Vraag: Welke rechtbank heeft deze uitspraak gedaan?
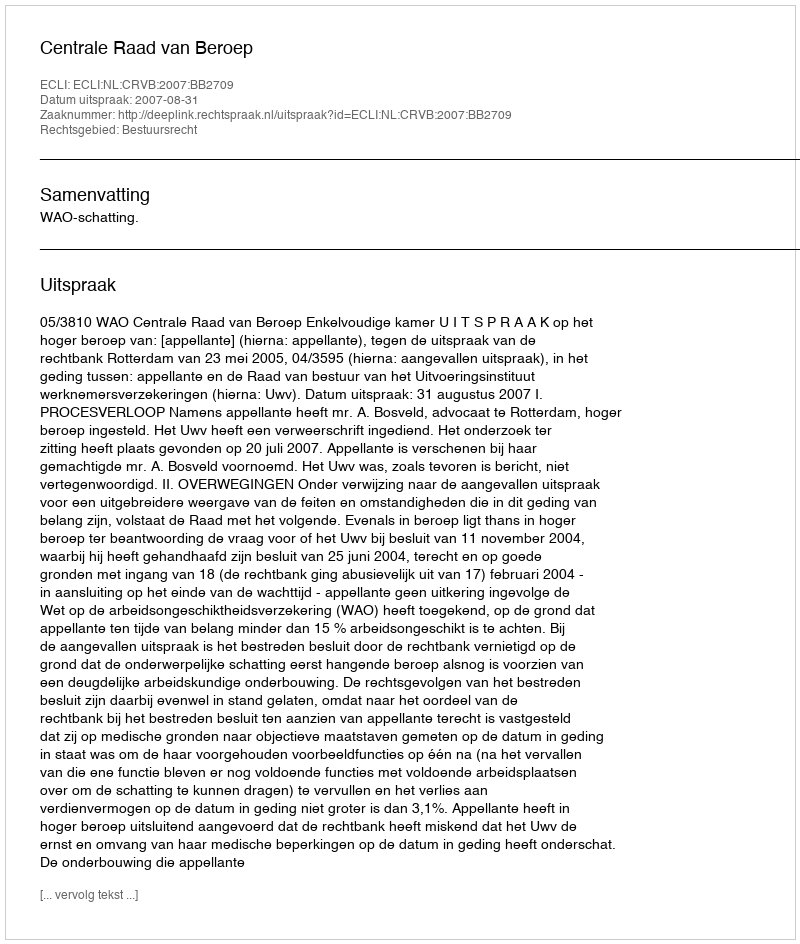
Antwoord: Centrale Raad van Beroep